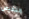
الترخيص